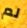
لم